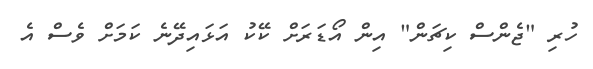
ހުރި "ޖެންސް ކިޗަން" އިން އޯޑަރަށް ކޭކު އަޅައިދޭނެ ކަމަށް ވެސް އެ